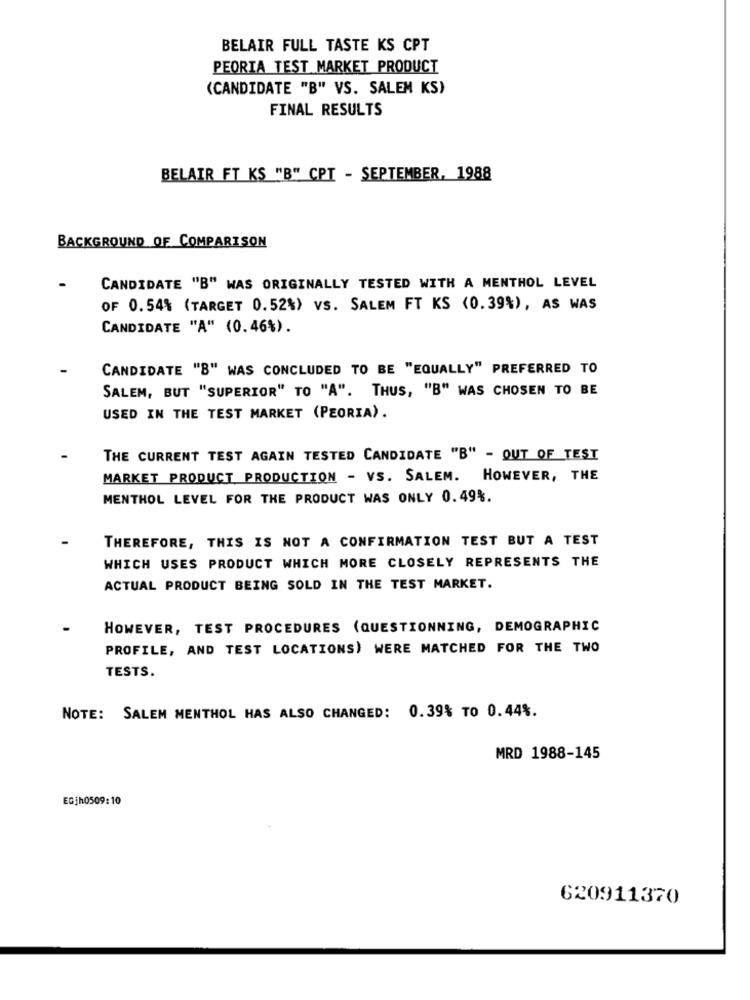
BELAIR FULL TASTE KS CPT
PEORIA TEST MARKET PRODUCT
(CANDIDATE "B" VS. SALEM KS)
FINAL RESULTS
BELAIR FT KS "B" CPT - SEPTEMBER, 1988
BACKGROUND OF COMPARISON
CANDIDATE "B" WAS ORIGINALLY TESTED WITH A MENTHOL LEVEL
OF 0.54% (TARGET 0.52%) VS. SALEM FT KS (0.39%), AS WAS
CANDIDATE "A" (0.46%).
CANDIDATE "B" WAS CONCLUDED TO BE "EQUALLY" PREFERRED TO
SALEM, BUT "SUPERIOR" TO "A". THUS, "B" WAS CHOSEN TO BE
USED IN THE TEST MARKET (PEORIA).
THE CURRENT TEST AGAIN TESTED CANDIDATE "B" - OUT OF TEST
MARKET PRODUCT PRODUCTION - VS. SALEM. HOWEVER, THE
MENTHOL LEVEL FOR THE PRODUCT WAS ONLY 0.49%.
THEREFORE, THIS IS NOT A CONFIRMATION TEST BUT A TEST
WHICH USES PRODUCT WHICH MORE CLOSELY REPRESENTS THE
ACTUAL PRODUCT BEING SOLD IN THE TEST MARKET.
HOWEVER, TEST PROCEDURES (QUESTIONNING, DEMOGRAPHIC
PROFILE, AND TEST LOCATIONS) WERE MATCHED FOR THE TWO
TESTS.
NOTE: SALEM MENTHOL HAS ALSO CHANGED: 0.39% TO 0.44%.
MRD 1988-145
EGİh0509:10
620911370